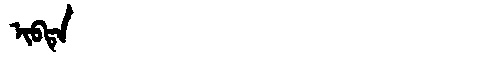
Manchu: ᡳᠪᡨᡝ
Romanization: IBTE